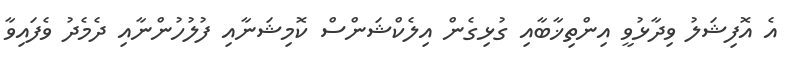
އެ އޮފިޝަލު ވިދާޅުވީ އިންތިޚާބާއި ގުޅިގެން އިލެކްޝަންސް ކޮމިޝަނާއި ފުލުހުންނާއި ދެމެދު ވެފައިވާ